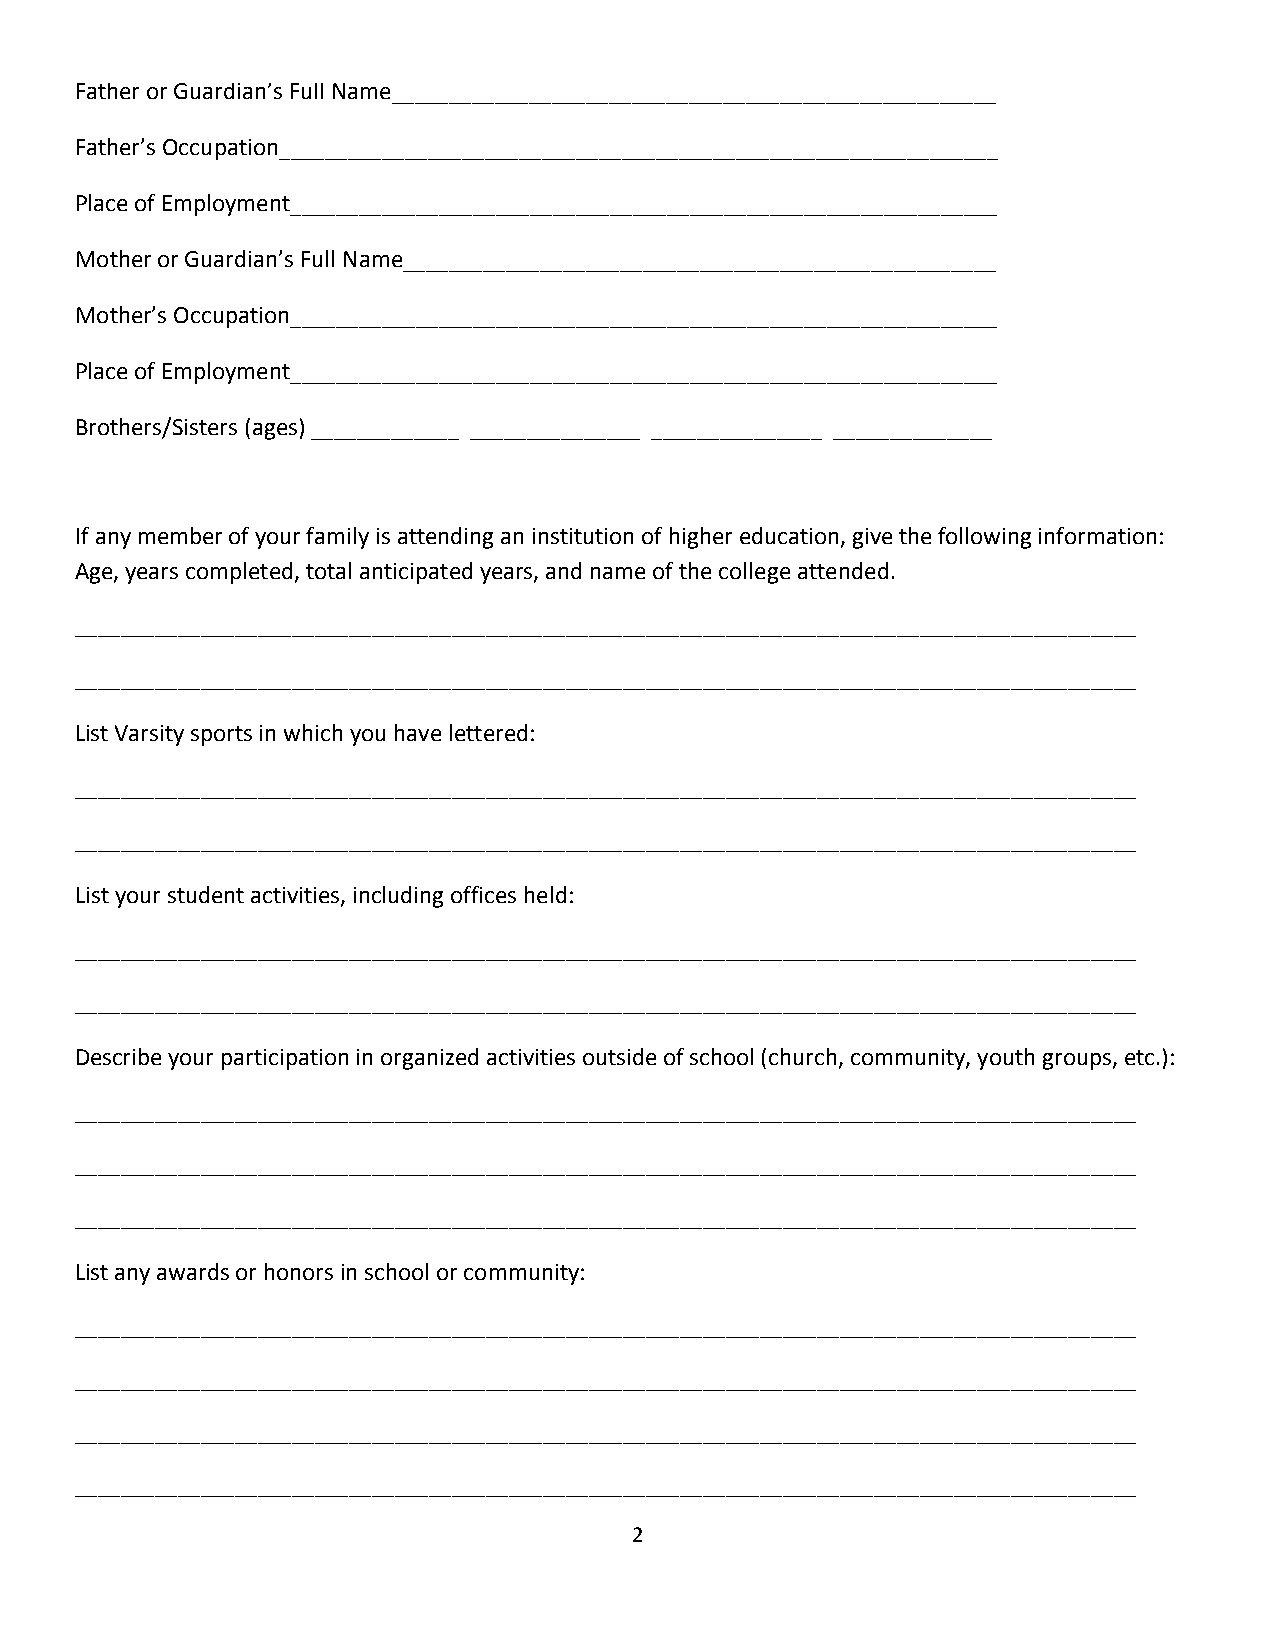
Father or Guardian’s Full Name_____________________________________________________
 Father’s Occupation_______________________________________________________________
 Place of Employment______________________________________________________________
 Mother or Guardian’s Full Name____________________________________________________
 Mother’s Occupation______________________________________________________________
 Place of Employment______________________________________________________________
 Brothers/Sisters (ages) _____________ _______________ _______________ ______________
 If any member of your family is attending an institution of higher education, give the following information:
 Age, years completed, total anticipated years, and name of the college attended.
 _____________________________________________________________________________________________
 _____________________________________________________________________________________________
 List Varsity sports in which you have lettered:
 _____________________________________________________________________________________________
 _____________________________________________________________________________________________
 List your student activities, including offices held:
 _____________________________________________________________________________________________
 _____________________________________________________________________________________________
 Describe your participation in organized activities outside of school (church, community, youth groups, etc.):
 _____________________________________________________________________________________________
 _____________________________________________________________________________________________
 _____________________________________________________________________________________________
 List any awards or honors in school or community:
 _____________________________________________________________________________________________
 _____________________________________________________________________________________________
 _____________________________________________________________________________________________
 _____________________________________________________________________________________________
 2